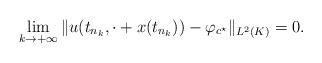
LaTeX: \begin{align*}\lim_{k\to+\infty}\Vert u(t_{n_k},\cdot+x(t_{n_k}))-\varphi_{c^\star}\Vert_{L^2(K)}=0.\end{align*}